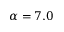
\alpha = 7 . 0